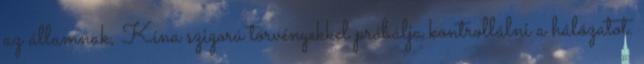
az államnak, Kína szigorú törvényekkel próbálja kontrollálni a hálózatot.